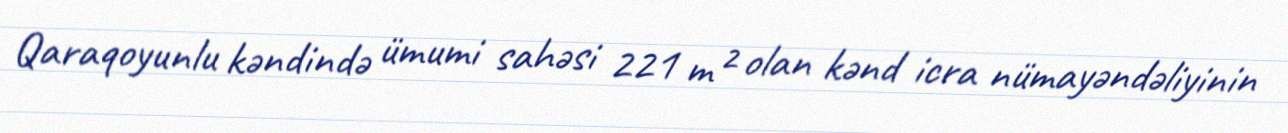
Qaraqoyunlu kəndində ümumi sahəsi 221 m² olan kənd icra nümayəndəliyinin